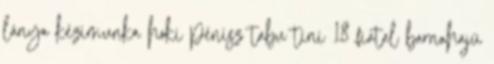
lánya kézimunka hoki pénisz tabu tini 18 fiatal barnahajú